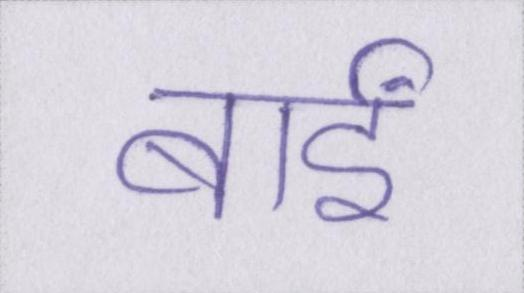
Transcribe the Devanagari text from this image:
बाईं